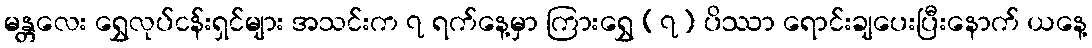
မန္တလေး ရွှေလုပ်ငန်းရှင်များ အသင်းက ၇ ရက်နေ့မှာ ကြားရွှေ (၇) ပိဿာ ရောင်းချပေးပြီးနောက် ယနေ့